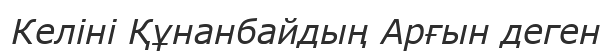
Келіні Құнанбайдың Арғын деген